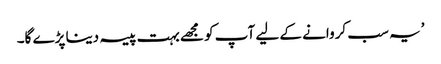
’یہ سب کروانے کے لیے آپ کو مجھے بہت پیسہ دینا پڑے گا۔